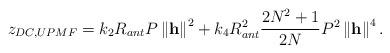
LaTeX: \begin{align*}z_{DC,UPMF}=k_2 R_{ant} P\left\|\mathbf{h}\right\|^2+k_4 R_{ant}^2 \frac{2N^2+1}{2N}P^2 \left\|\mathbf{h}\right\|^4.\end{align*}